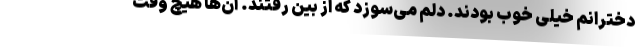
دخترانم خیلی خوب بودند. دلم می‌سوزد که از بین رفتند. آن‌ها هیچ وقت